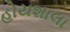
હોયશાલા